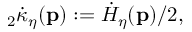
{ } _ { 2 } \dot { \kappa } _ { \eta } ( \mathbf { p } ) : = \dot { H } _ { \eta } ( \mathbf { p } ) / 2 ,